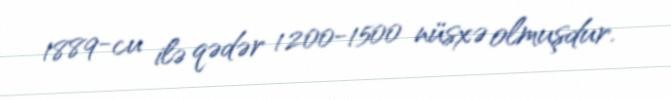
1889-cu ilə qədər 1200-1500 nüsxə olmuşdur.